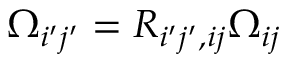
\Omega _ { i ^ { \prime } j ^ { \prime } } = R _ { i ^ { \prime } j ^ { \prime } , i j } \Omega _ { i j }